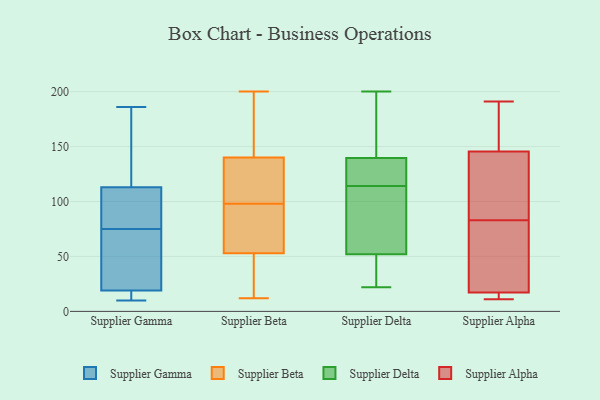
{"axis": {"x": "Website Visitors", "y": "Value"}, "legend": ["Supplier Alpha", "Supplier Beta", "Supplier Delta", "Supplier Gamma"], "data": [{"x": "", "y": 167, "type": "Supplier Gamma"}, {"x": "", "y": 10, "type": "Supplier Gamma"}, {"x": "", "y": 23, "type": "Supplier Gamma"}, {"x": "", "y": 62, "type": "Supplier Gamma"}, {"x": "", "y": 109, "type": "Supplier Gamma"}, {"x": "", "y": 19, "type": "Supplier Gamma"}, {"x": "", "y": 159, "type": "Supplier Gamma"}, {"x": "", "y": 11, "type": "Supplier Gamma"}, {"x": "", "y": 14, "type": "Supplier Gamma"}, {"x": "", "y": 186, "type": "Supplier Gamma"}, {"x": "", "y": 112, "type": "Supplier Gamma"}, {"x": "", "y": 92, "type": "Supplier Gamma"}, {"x": "", "y": 72, "type": "Supplier Gamma"}, {"x": "", "y": 30, "type": "Supplier Gamma"}, {"x": "", "y": 19, "type": "Supplier Gamma"}, {"x": "", "y": 113, "type": "Supplier Gamma"}, {"x": "", "y": 78, "type": "Supplier Gamma"}, {"x": "", "y": 171, "type": "Supplier Gamma"}, {"x": "", "y": 12, "type": "Supplier Beta"}, {"x": "", "y": 35, "type": "Supplier Beta"}, {"x": "", "y": 124, "type": "Supplier Beta"}, {"x": "", "y": 200, "type": "Supplier Beta"}, {"x": "", "y": 142, "type": "Supplier Beta"}, {"x": "", "y": 53, "type": "Supplier Beta"}, {"x": "", "y": 71, "type": "Supplier Beta"}, {"x": "", "y": 72, "type": "Supplier Beta"}, {"x": "", "y": 140, "type": "Supplier Beta"}, {"x": "", "y": 127, "type": "Supplier Beta"}, {"x": "", "y": 125, "type": "Supplier Delta"}, {"x": "", "y": 24, "type": "Supplier Delta"}, {"x": "", "y": 103, "type": "Supplier Delta"}, {"x": "", "y": 130, "type": "Supplier Delta"}, {"x": "", "y": 200, "type": "Supplier Delta"}, {"x": "", "y": 44, "type": "Supplier Delta"}, {"x": "", "y": 100, "type": "Supplier Delta"}, {"x": "", "y": 22, "type": "Supplier Delta"}, {"x": "", "y": 60, "type": "Supplier Delta"}, {"x": "", "y": 140, "type": "Supplier Delta"}, {"x": "", "y": 139, "type": "Supplier Delta"}, {"x": "", "y": 150, "type": "Supplier Delta"}, {"x": "", "y": 11, "type": "Supplier Alpha"}, {"x": "", "y": 18, "type": "Supplier Alpha"}, {"x": "", "y": 31, "type": "Supplier Alpha"}, {"x": "", "y": 191, "type": "Supplier Alpha"}, {"x": "", "y": 17, "type": "Supplier Alpha"}, {"x": "", "y": 135, "type": "Supplier Alpha"}, {"x": "", "y": 14, "type": "Supplier Alpha"}, {"x": "", "y": 165, "type": "Supplier Alpha"}, {"x": "", "y": 70, "type": "Supplier Alpha"}, {"x": "", "y": 186, "type": "Supplier Alpha"}, {"x": "", "y": 149, "type": "Supplier Alpha"}, {"x": "", "y": 102, "type": "Supplier Alpha"}, {"x": "", "y": 83, "type": "Supplier Alpha"}, {"x": "", "y": 15, "type": "Supplier Alpha"}, {"x": "", "y": 125, "type": "Supplier Alpha"}]}